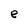
Character: e